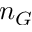
n _ { G }